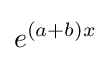
e^{(a+b)x}